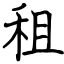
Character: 租